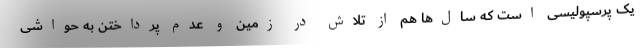
یک پرسپولیسی است که سال‌ها هم از تلاش در زمین و عدم پرداختن به حواشی